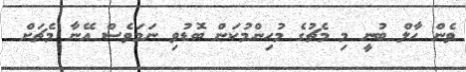
ވެން ހާލް ބުނީ މި މެޗުގެ މުހިންމުކަން ބޮޑުވި ނަމަވެސް އޭނާ މެޗަށް